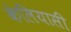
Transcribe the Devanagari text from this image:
केलियासी